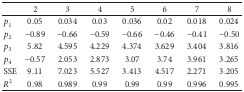
|  | 2 | 3 | 4 | 5 | 6 | 7 | 8 |
 | --- | --- | --- | --- | --- | --- | --- | --- |
 | p1 | 0.05 | 0.034 | 0.03 | 0.036 | 0.02 | 0.018 | 0.024 |
 | p2 | −0.89 | −0.66 | −0.59 | −0.66 | −0.46 | −0.41 | −0.50 |
 | p3 | 5.82 | 4.595 | 4.229 | 4.374 | 3.629 | 3.404 | 3.816 |
 | p4 | −0.57 | 2.053 | 2.873 | 3.07 | 3.74 | 3.961 | 3.265 |
 | SSE | 9.11 | 7.023 | 5.527 | 3.413 | 4.517 | 2.271 | 3.205 |
 | R2 | 0.98 | 0.989 | 0.99 | 0.99 | 0.99 | 0.996 | 0.995 |